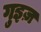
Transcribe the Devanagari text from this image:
गुइज़